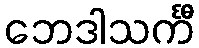
ဘေဒါသင်္ကီ